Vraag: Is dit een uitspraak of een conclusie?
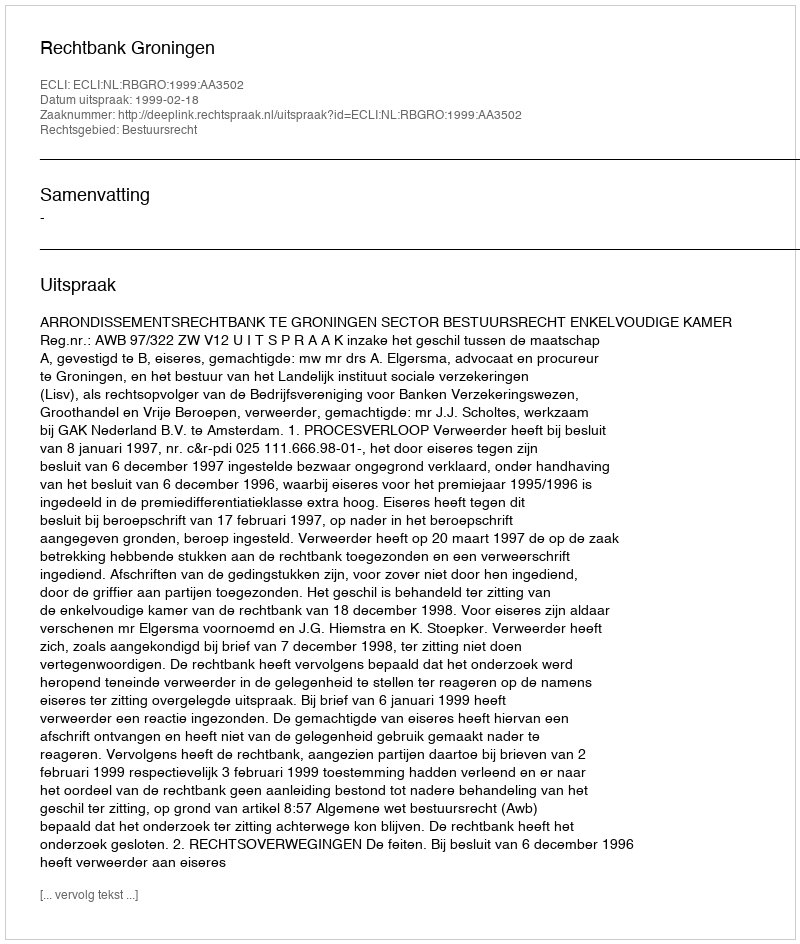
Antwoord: Uitspraak